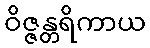
ဝိဇ္ဇန္တရိကာယ